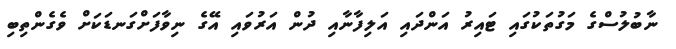
ނާބުލުސްގެ މަގުތަކުގައި ޓައިރު އަންދައި އަލިފާނާއި ދުން އަރުވައި އޭގެ ނިވާފަށްގަނޑަކަށް ވެގެންތިބި